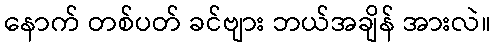
နောက် တစ်ပတ် ခင်ဗျား ဘယ်အချိန် အားလဲ။